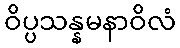
ဝိပ္ပသန္နမနာဝိလံ